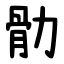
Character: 䯇